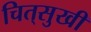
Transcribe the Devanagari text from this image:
चित्‌सुखी